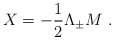
\begin{align*}X={-{1\over 2}\Lambda_{\pm}M~.}\end{align*}